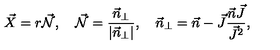
\vec { X } = r \vec { \cal N } , \quad \vec { \cal N } = \frac { \vec { n } _ { \perp } } { | \vec { n } _ { \perp } | } , \quad \vec { n } _ { \perp } = \vec { n } - \vec { J } \frac { \vec { n } \vec { J } } { \vec { J } ^ { 2 } } ,